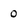
Character: 0